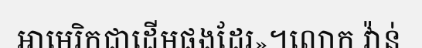
អាមេរិកជាដើមផងដែរ»។លោក វ៉ាន់